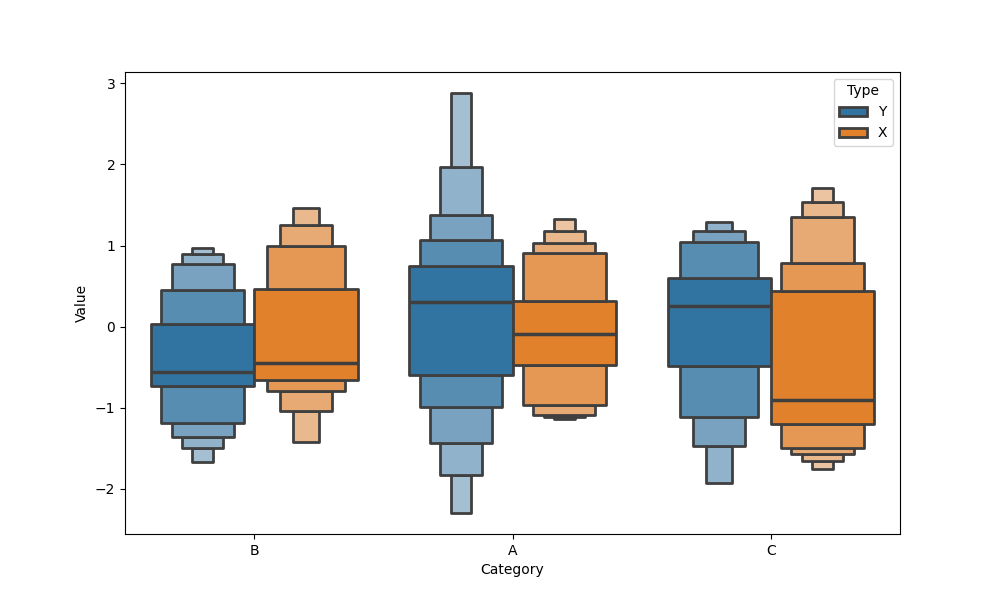
python, seaborn, boxenplot, k_depth='full', linewidth=2, scale='linear', outlier_prop=0.2, showfliers=True